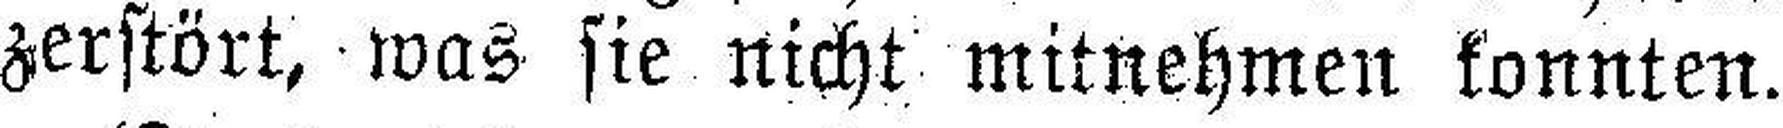
zerstört, was sie nicht mitnehmen konnten.